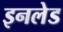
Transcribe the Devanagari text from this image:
इनलेड